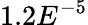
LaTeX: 1.2E^{-5}